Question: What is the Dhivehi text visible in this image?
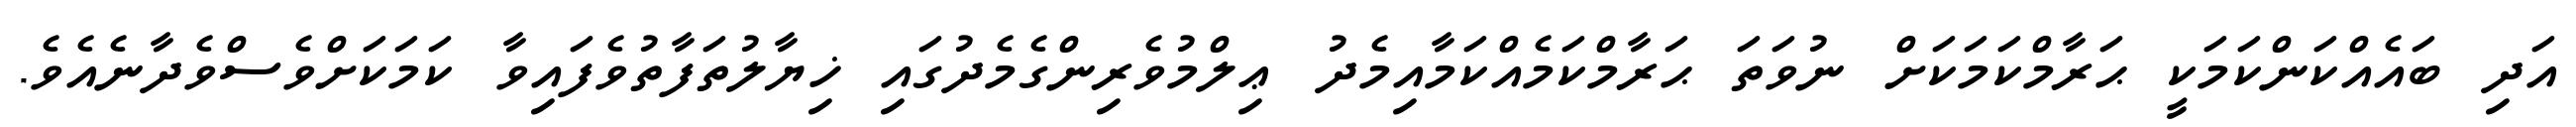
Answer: އަދި ބައެއްކަންކަމަކީ ޙަރާމްކަމަކަށް ނުވަތަ ޙަރާމްކަމެއްކަމާއިމެދު ޢިލްމުވެރިންގެމެދުގައި ޚިޔާލުތަފާތުވެފައިވާ ކަމަކަށްވެސްވެދާނެއެވެ.